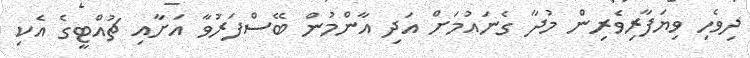
ދިވެހި ވިޔަފާރިވެރިން މުދާ ގެނައުމަށް އަދި އާންމުން ބޭސްފަރުވާ އަށާއި ޗުއްޓީގެ އެކި